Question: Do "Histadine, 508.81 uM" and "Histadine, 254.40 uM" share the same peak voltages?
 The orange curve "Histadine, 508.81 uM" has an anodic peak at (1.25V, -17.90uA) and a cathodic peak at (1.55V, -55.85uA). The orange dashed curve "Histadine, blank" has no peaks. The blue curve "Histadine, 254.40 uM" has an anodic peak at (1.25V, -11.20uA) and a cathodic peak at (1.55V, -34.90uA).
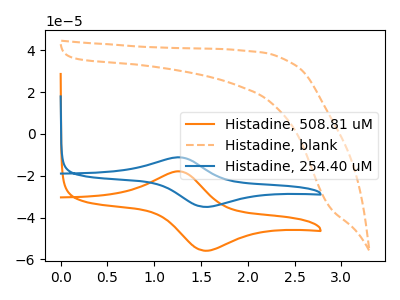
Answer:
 <answer>Yes, "Histadine, 508.81 uM" have a peak in "Histadine, 254.40 uM" at the same potential.</answer>
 <eval>match</eval>